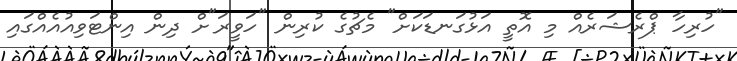
"ހުރިހާ ޕްރެޝަރެއް މި އޮތީ އަޅުގަނޑަކަށް" މެޗުގެ ކުރިން "ހަވީރަ"ށް ދިން އިންޓަވިއުއެއްގައި